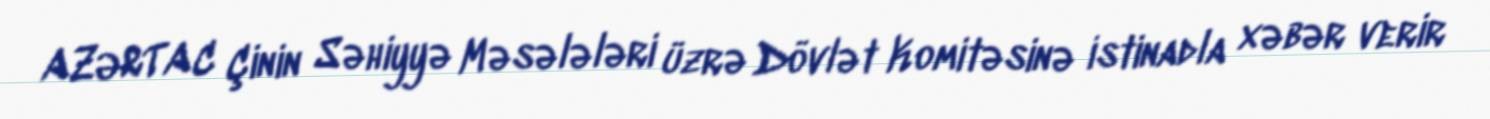
AZƏRTAC Çinin Səhiyyə Məsələləri üzrə Dövlət Komitəsinə istinadla xəbər verir